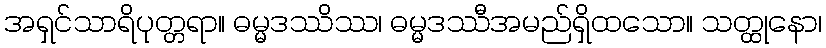
အရှင်သာရိပုတ္တရာ။ ဓမ္မဒဿိဿ၊ ဓမ္မဒဿီအမည်ရှိထသော။ သတ္ထုနော၊